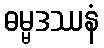
ဓမ္မဒဿနံ